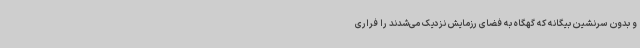
و بدون سرنشین بیگانه که گهگاه به فضای رزمایش نزدیک می‌شدند را فراری